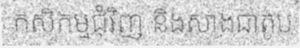
កសិកម្មជុំវិញ និងសាងជាតូប